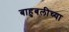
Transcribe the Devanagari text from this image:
बाहुबलीच्या